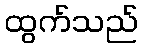
ထွက်သည်